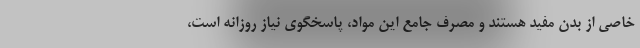
خاصی از بدن مفید هستند و مصرف جامع این مواد، پاسخگوی نیاز روزانه است،